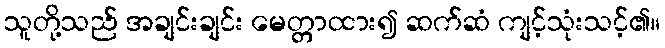
သူတို့သည် အချင်းချင်း မေတ္တာထား၍ ဆက်ဆံ ကျင့်သုံးသင့်၏။